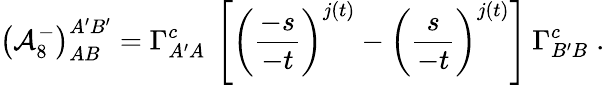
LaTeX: \left({{\cal A}_{8}^{-}}\right)_{AB}^{A^{\prime}B^{\prime}}=\Gamma_{A^{\prime}A}^{c}\: \left[\left({\frac{-s}{-t}}\right)^{j(t)}-\left({\frac{s}{-t}}\right)^{j(t)}\right]\: \Gamma_{B^{\prime}B}^{c}\; .